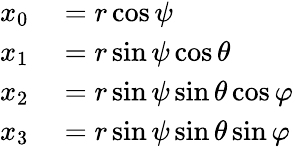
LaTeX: \begin{array}{rl}{x_{0}}&{{}=r\cos\psi}\\ {x_{1}}&{{}=r\sin\psi\cos\theta}\\ {x_{2}}&{{}=r\sin\psi\sin\theta\cos\varphi}\\ {x_{3}}&{{}=r\sin\psi\sin\theta\sin\varphi}\end{array}